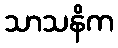
သာသနိက